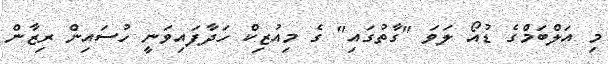
މި އަލްބަމްގެ ޑުއޯ ލަވަ "ގާތުގައި" ގެ މިއުޒިކް ހަދާފައިވަނީ ހުސައިން ރިޒާން